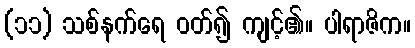
(၁၁) သစ်နက်ရေ ဝတ်၍ ကျင့်၏။ ပါရာဇိက။